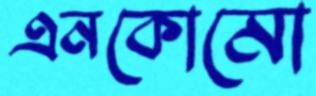
এনকোমো